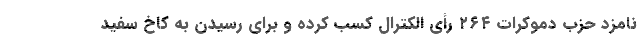
نامزد حزب دموکرات ۲۶۴ رأی الکترال کسب کرده و برای رسیدن به کاخ سفید